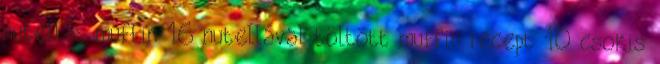
nutellás muffin 16 nutellával töltött muffin recept 10 csokis